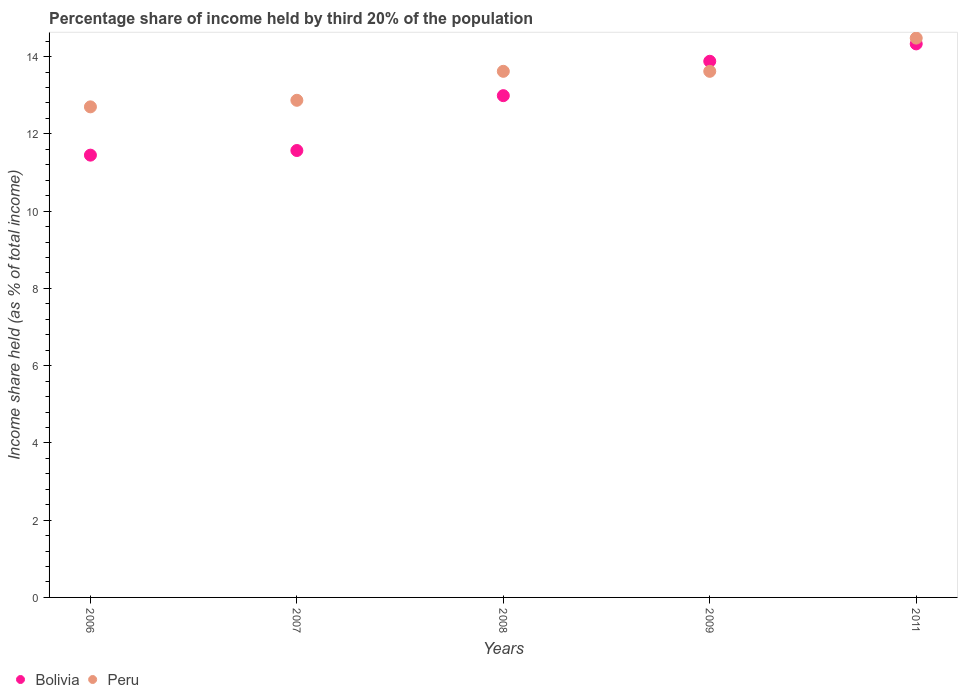
| Years | Bolivia | Peru |
 | --- | --- | --- |
 | 2006 | 11.4 | 12.7 |
 | 2007 | 11.6 | 12.9 |
 | 2008 | 13 | 13.6 |
 | 2009 | 13.9 | 13.6 |
 | 2011 | 14.3 | 14.5 |